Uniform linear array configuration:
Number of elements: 24
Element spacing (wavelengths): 0.75
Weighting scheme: kaiser
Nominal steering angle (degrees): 30
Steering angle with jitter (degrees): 30.201
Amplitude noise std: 0.05
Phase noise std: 0.05

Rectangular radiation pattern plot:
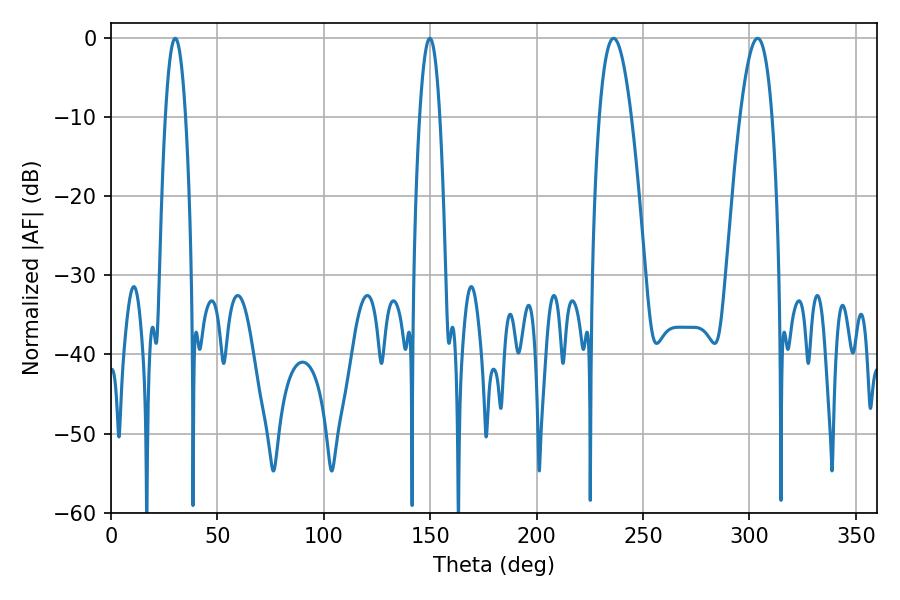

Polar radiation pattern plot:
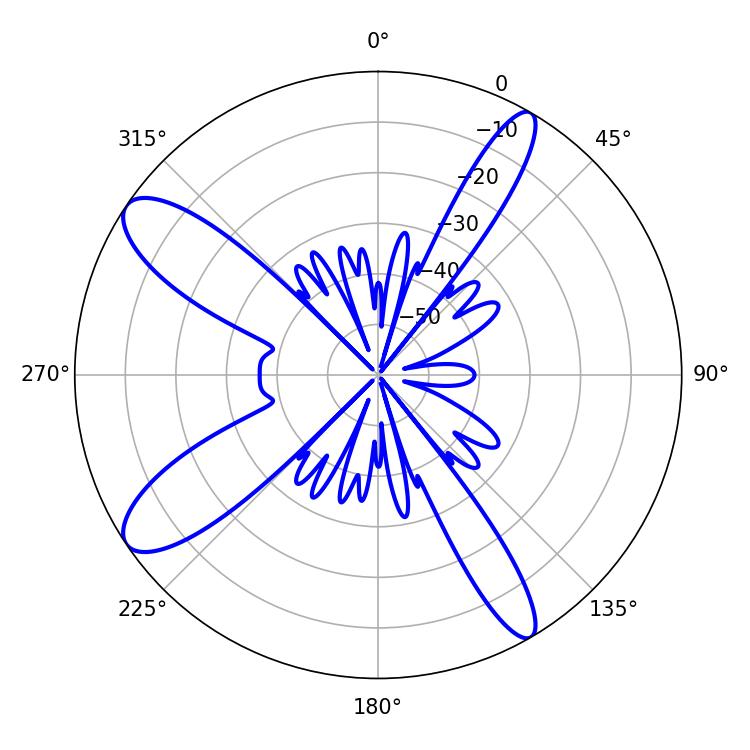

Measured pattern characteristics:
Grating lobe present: TRUE
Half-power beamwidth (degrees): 8.28
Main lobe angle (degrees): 236.16